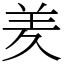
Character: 羑